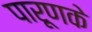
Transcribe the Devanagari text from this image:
पारूणके